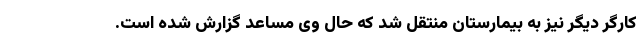
کارگر دیگر نیز به بیمارستان منتقل شد که حال وی مساعد گزارش شده است.‌